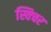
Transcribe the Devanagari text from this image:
स्विचर